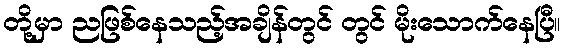
တို့မှာ ညဖြစ်နေသည့်အချိန်တွင် တွင် မိုးသောက်နေပြီ။